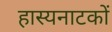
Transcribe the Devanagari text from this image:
हास्यनाटकों